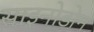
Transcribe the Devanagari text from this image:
साइनोडोन